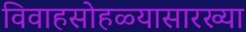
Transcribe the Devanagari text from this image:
विवाहसोहळ्यासारख्या